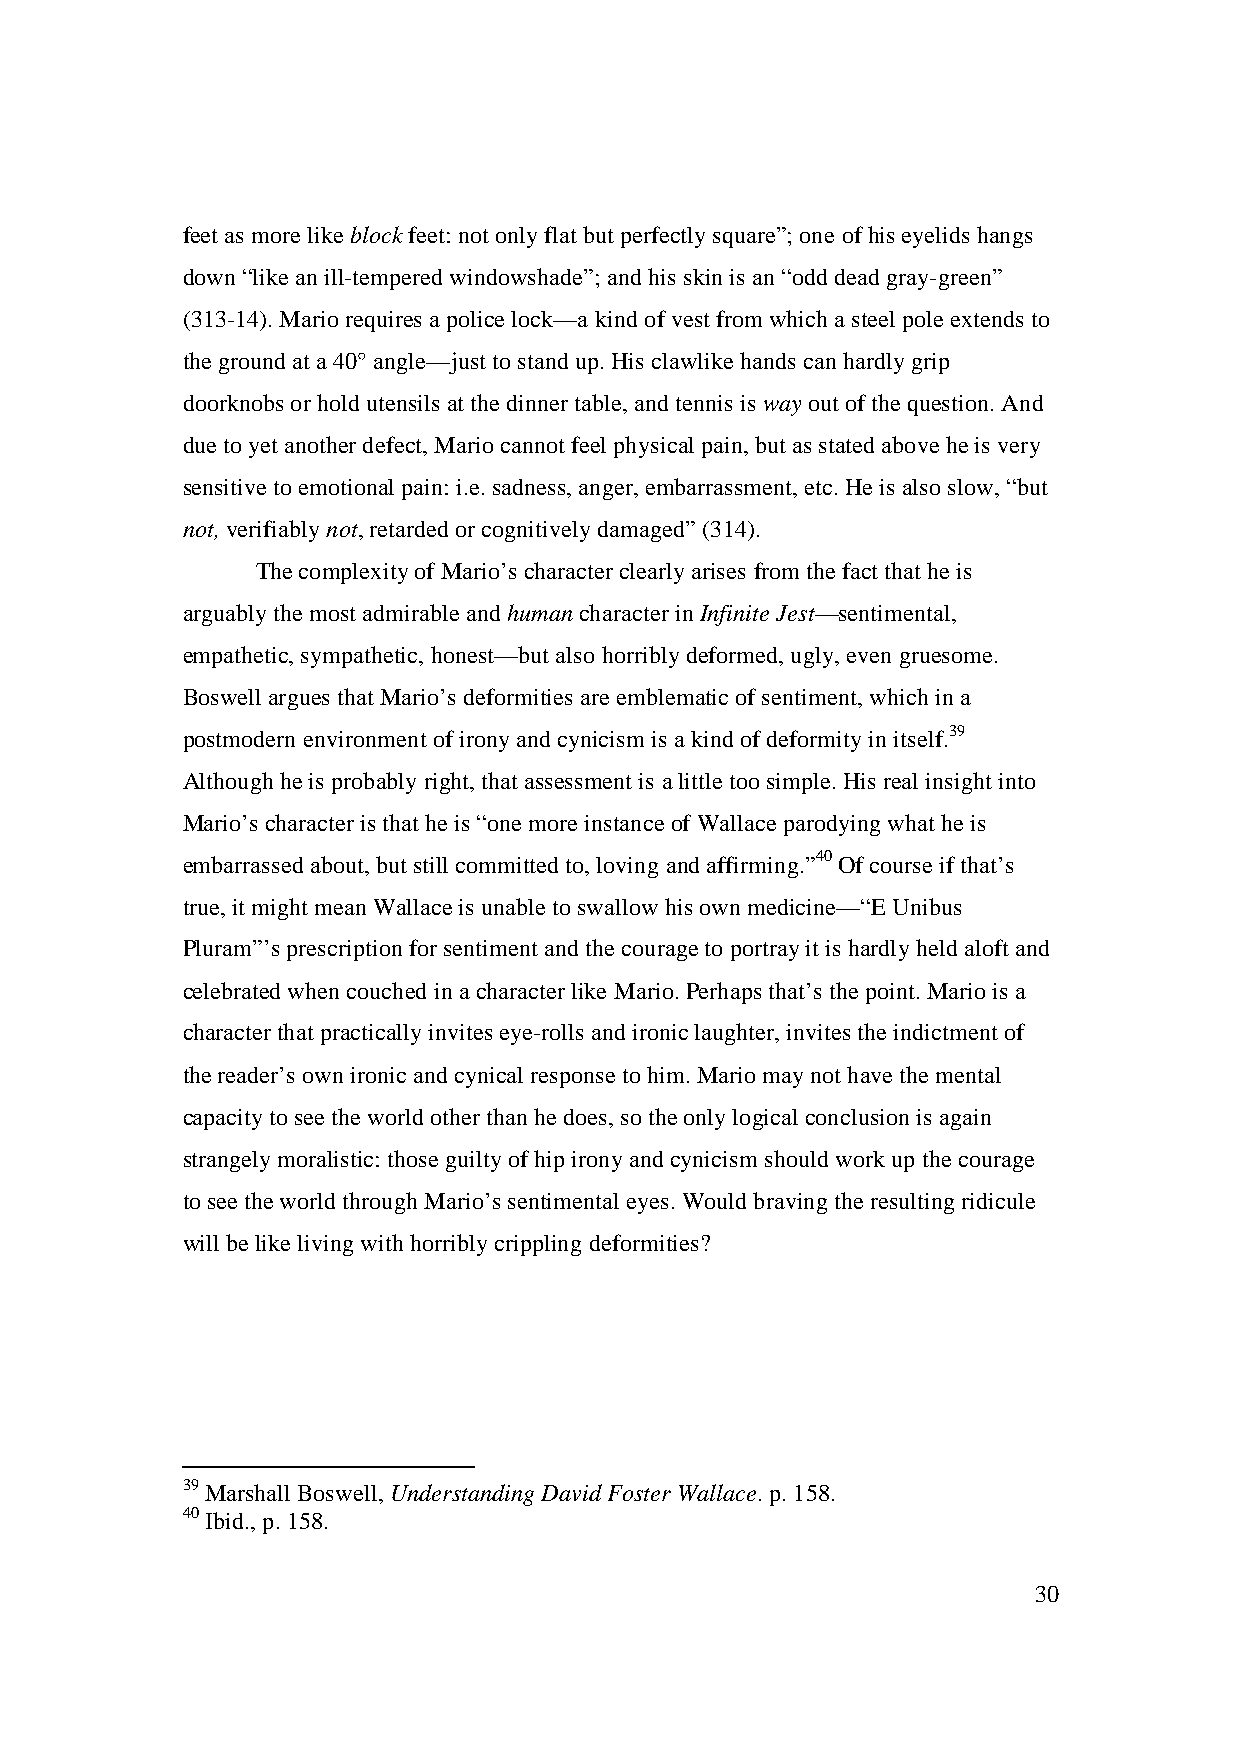
feet as more like block feet: not only flat but perfectly square”; one of his eyelids hangs
 down “like an ill-tempered windowshade”; and his skin is an “odd dead gray-green”
 (313-14). Mario requires a police lock—a kind of vest from which a steel pole extends to
 the ground at a 40° angle—just to stand up. His clawlike hands can hardly grip
 doorknobs or hold utensils at the dinner table, and tennis is way out of the question. And
 due to yet another defect, Mario cannot feel physical pain, but as stated above he is very
 sensitive to emotional pain: i.e. sadness, anger, embarrassment, etc. He is also slow, “but
 not, verifiably not, retarded or cognitively damaged” (314).
 The complexity of Mario’s character clearly arises from the fact that he is
 arguably the most admirable and human character in Infinite Jest—sentimental,
 empathetic, sympathetic, honest—but also horribly deformed, ugly, even gruesome.
 Boswell argues that Mario’s deformities are emblematic of sentiment, which in a
 postmodern environment of irony and cynicism is a kind of deformity in itself.39
 Although he is probably right, that assessment is a little too simple. His real insight into
 Mario’s character is that he is “one more instance of Wallace parodying what he is
 embarrassed about, but still committed to, loving and affirming.”40 Of course if that’s
 true, it might mean Wallace is unable to swallow his own medicine—“E Unibus
 Pluram”’s prescription for sentiment and the courage to portray it is hardly held aloft and
 celebrated when couched in a character like Mario. Perhaps that’s the point. Mario is a
 character that practically invites eye-rolls and ironic laughter, invites the indictment of
 the reader’s own ironic and cynical response to him. Mario may not have the mental
 capacity to see the world other than he does, so the only logical conclusion is again
 strangely moralistic: those guilty of hip irony and cynicism should work up the courage
 to see the world through Mario’s sentimental eyes. Would braving the resulting ridicule
 will be like living with horribly crippling deformities?
 39 Marshall Boswell, Understanding David Foster Wallace. p. 158.
 40 Ibid., p. 158.
 30